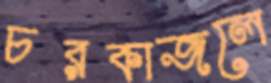
চরকাজলে